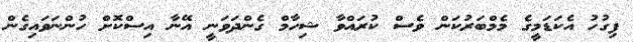
ފިގުހު އެކަޑަމީގެ މެމްބަރުކަން ވެސް ކުރައްވާ ޝިހާމް ގެންދަވަނީ އޭނާ އިސްކޮށް ހުންނަވައިގެން